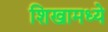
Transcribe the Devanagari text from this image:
शिखामध्ये